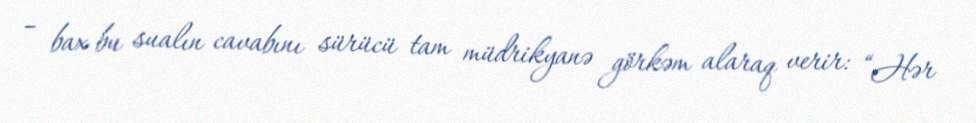
– bax bu sualın cavabını sürücü tam müdrikyanə görkəm alaraq verir: “Hər